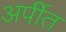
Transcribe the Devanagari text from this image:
अर्पीत